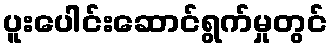
ပူးပေါင်းဆောင်ရွက်မှုတွင်